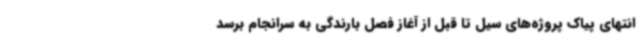
انتهای پیاک پروژه‌های سیل تا قبل از آغاز فصل بارندگی به سرانجام برسد